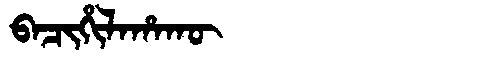
Manchu: ᠪᠠᠴᡳᡥᡳᠯᠠᡥᠠᡴᡡ
Romanization: BACIHILAHAKŪ